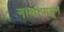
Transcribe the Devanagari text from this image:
नाथांपासून